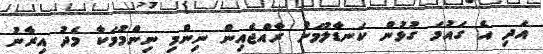
އަދި އެ ގައުމަ ގުޅުން ކަނޑާލުމަށް ރާއްޖެއިން ނިންމި ނިންމުމަކާ މެދު އިރާނު